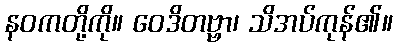
နဝကတို့ကို။ ဝေဒိတဗ္ဗာ၊ သိအပ်ကုန်၏။